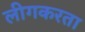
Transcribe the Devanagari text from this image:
लीगकरता